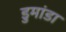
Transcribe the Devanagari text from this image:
डुमांडा